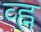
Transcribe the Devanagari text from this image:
व्ह्न